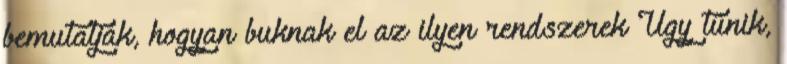
bemutatják, hogyan buknak el az ilyen rendszerek Úgy tűnik,